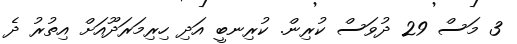
3 މަސް 29 ދުވަސް ކުރިން. ކުރިނބީ އަދި ހިރިމަރަދޫއަށް އިތުރު ދެ